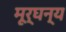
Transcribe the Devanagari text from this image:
मूर्घन्य